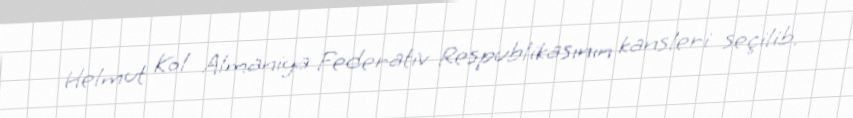
Helmut Kol Almaniya Federativ Respublikasının kansleri seçilib.